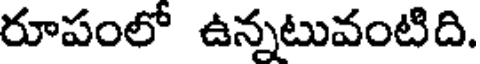
రూపంలో ఉన్నటువంటిది.